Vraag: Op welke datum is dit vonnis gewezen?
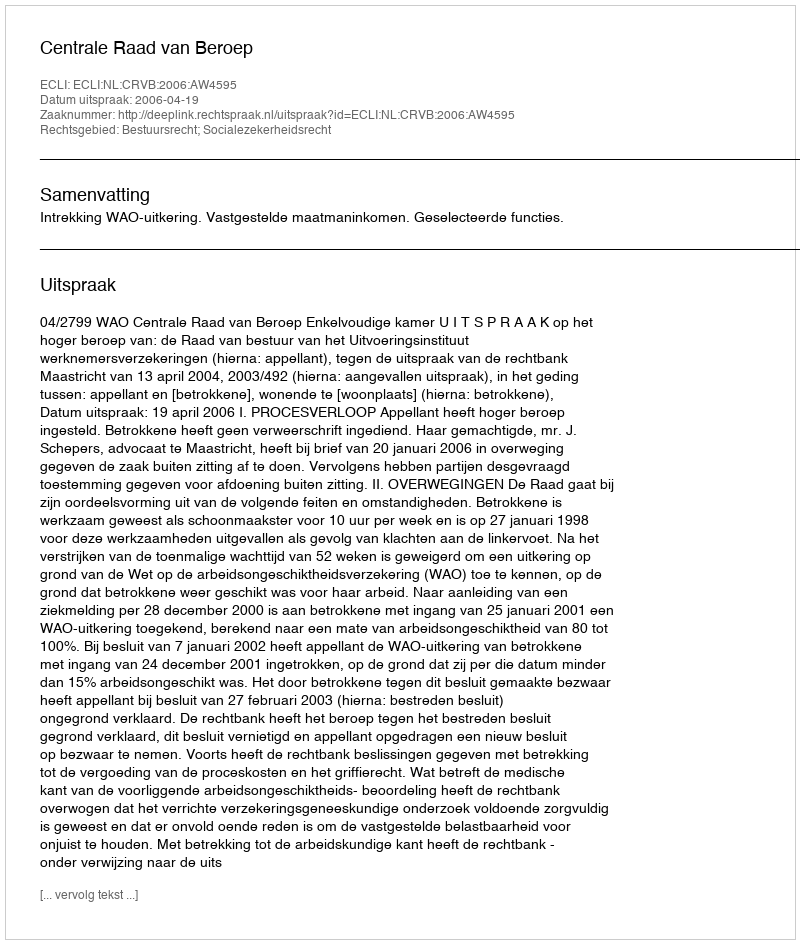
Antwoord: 2006-04-19